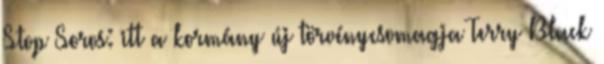
Stop Soros: itt a kormány új törvénycsomagja Terry Black